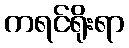
ကရင်ရိုးရာ